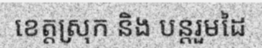
ខេត្តស្រុក និង បន្តរួមដៃ